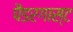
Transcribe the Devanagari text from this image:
पैडरगास्ट